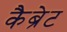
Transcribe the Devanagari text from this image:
कैब्रेट